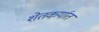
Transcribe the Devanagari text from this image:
शेतकर्यात